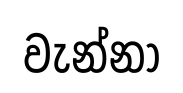
වැන්නා